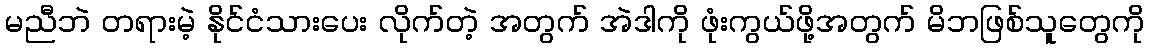
မညီဘဲ တရားမဲ့ နိုင်ငံသားပေး လိုက်တဲ့ အတွက် အဲဒါကို ဖုံးကွယ်ဖို့အတွက် မိဘဖြစ်သူတွေကို